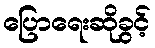
ပြောရေးဆိုခွင့်